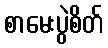
စာမေးပွဲစိတ်